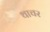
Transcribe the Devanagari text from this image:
थाचर